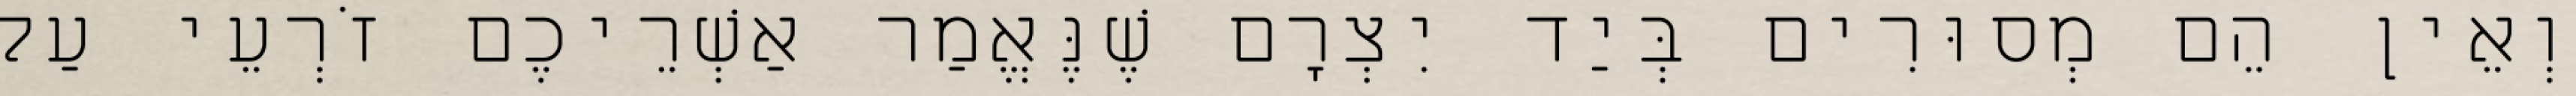
וְאֵין הֵם מְסוּרִים בְּיַד יִצְרָם שֶׁנֶּאֱמַר אַשְׁרֵיכֶם זֹרְעֵי עַל